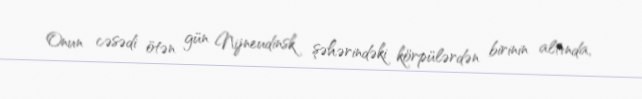
Onun cəsədi ötən gün Nijneudinsk şəhərindəki körpülərdən birinin altında,